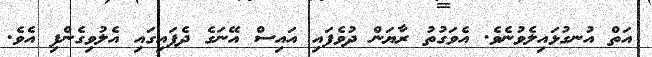
އަތް އުނގުޅައިލެވުނެވެ. އެވަގުތު ރާޔަން ދުވެފައި އައިސް އޭނަގެ ދެފައިގައި އެލުވިގެންފި އެވެ.